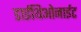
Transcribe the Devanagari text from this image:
डाईथिओनाईट